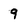
Character: 9